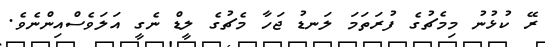
ރޭ ކުޅުނު މިމެޗުގެ ފުރަތަމަ ލަނޑު ޖަހާ މެޗުގެ ލީޑް ނެގީ އަލަވެސްއިންނެވެ.